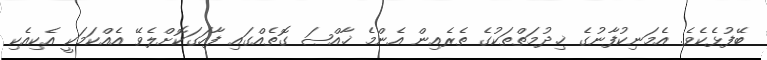
ބޭފުޅެކެވެ. އެމަނިކުފާނުގެ ޚިދުމަތްތަކުގެ ތެރެއިން އެންމެ ޚާއްޞަ ގޮތެއްގައި ފާހަގަކޮށްލެވޭ އެއްކަމަކީ އެކިއެކި